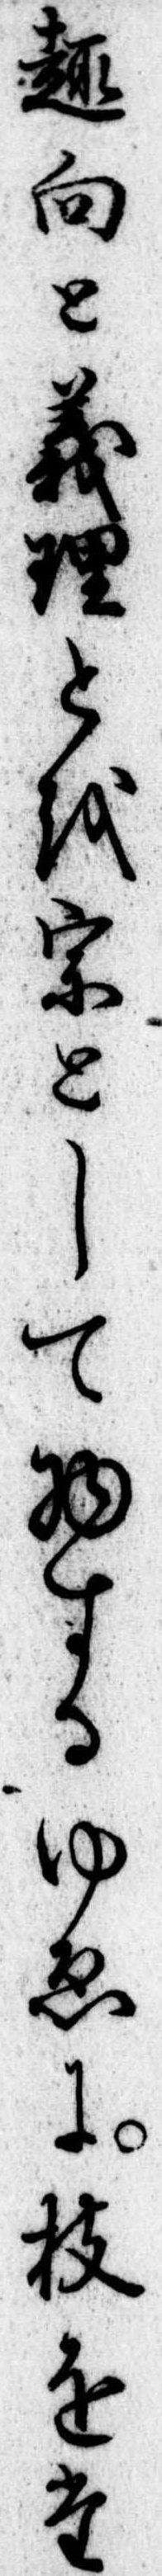
趣向と義理とを宗として物するゆゑに枝をた